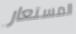
المستعار